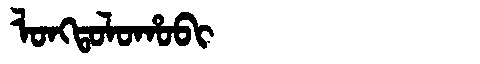
Manchu: ᠯᠣᠩᡨᠣᠯᠣᡥᠣᠪᡳ
Romanization: LONGTOLOHOBI